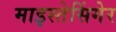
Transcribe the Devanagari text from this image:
माइस्तेसिंगेर